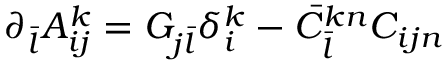
\partial _ { \bar { l } } A _ { i j } ^ { k } = G _ { j { \bar { l } } } \delta _ { i } ^ { k } - { \bar { C } } _ { \bar { l } } ^ { k n } C _ { i j n }